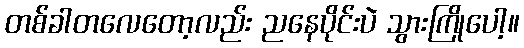
တစ်ခါတလေတော့လည်း ညနေပိုင်းပဲ သွားကြိုပေါ့။